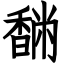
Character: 䭱